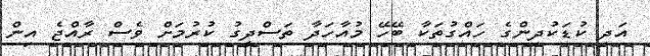
އަދި ކުޑަކުދިންގެ ހައްގުތަކާ ބޭހޭ މުއާހަދާ ތަސްދީގު ކުރުމަށް ވެސް ރާއްޖެ އިން